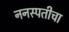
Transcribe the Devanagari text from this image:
ननस्पतीचा